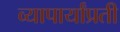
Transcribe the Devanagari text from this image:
व्यापार्यांप्रती